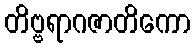
တိဗ္ဗရာဂဇာတိကော